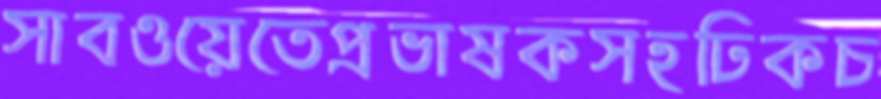
সাবওয়েতেপ্রভাষকসহঢিকচ